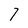
Character: 7